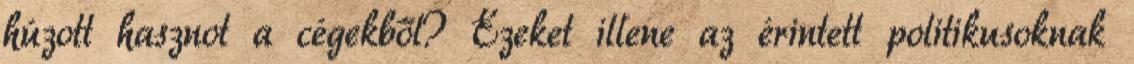
húzott hasznot a cégekből? Ezeket illene az érintett politikusoknak